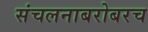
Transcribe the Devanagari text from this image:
संचलनाबरोबरच